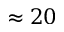
\approx 2 0